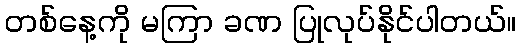
တစ်နေ့ကို မကြာ ခဏ ပြုလုပ်နိုင်ပါတယ်။